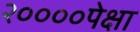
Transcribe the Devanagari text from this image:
२००००पेक्षा